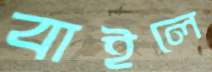
বাইলে